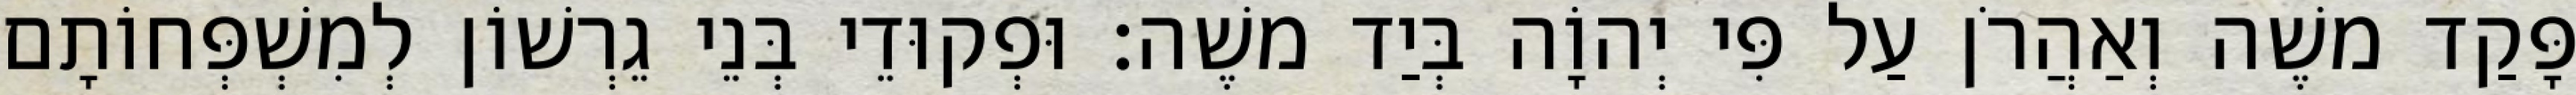
פָּקַד משֶׁה וְאַהֲרֹן עַל פִּי יְהוָֹה בְּיַד משֶׁה׃ וּפְקוּדֵי בְּנֵי גֵרְשׁוֹן לְמִשְׁפְּחוֹתָם